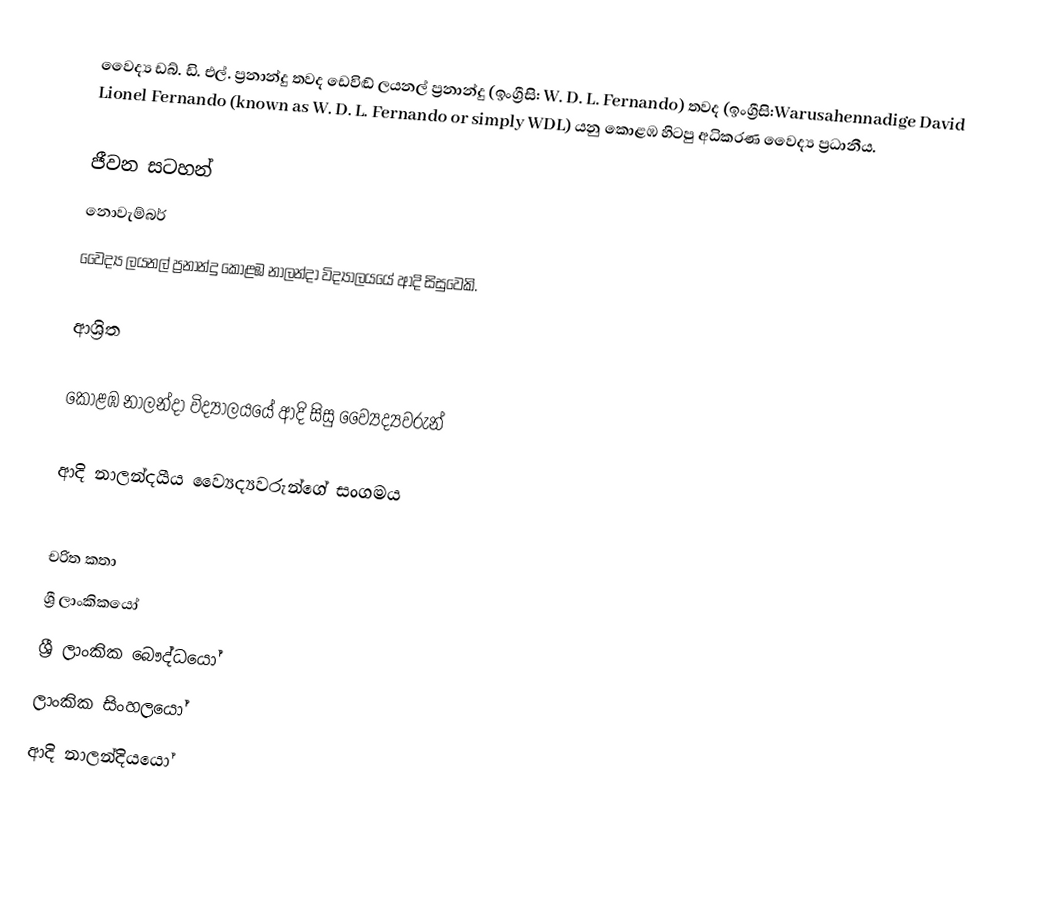
වෛද්‍ය ඩබ්. ඩි. එල්. ප්‍රනාන්දු තවද ඩෙවිඬ් ලයනල් ප්‍රනාන්දු (ඉංග්‍රීසි: W. D. L. Fernando) තවද (ඉංග්‍රීසි:Warusahennadige David Lionel Fernando (known as W. D. L. Fernando or simply WDL) යනු කොළඹ හිටපු අධිකරණ වෛද්‍ය ප්‍රධානීය.

ජීවන සටහන්
නොවැම්බර්
වෛද්‍ය ලයනල් ප්‍රනාන්දු කොළඹ නාලන්දා විද්‍යාලයයේ ආදි සිසුවෙකි.

ආශ්‍රිත

 කොළඹ නාලන්දා විද්‍යාලයයේ ආදි සිසු ව්‍යෛද්‍යවරුන්

 ආදි නාලන්දයීය ව්‍යෛද්‍යවරුන්ගේ සංගමය

චරිත කතා
ශ්‍රී ලාංකිකයෝ
ශ්‍රී ලාංකික බෞද්ධයෝ
ලාංකික සිංහලයෝ
ආදි නාලන්දියයෝ